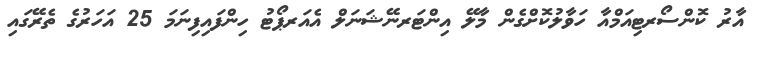
އާރު ކޮންސޯރޓިއަމްއާ ހަވާލުކޮށްގެން މާލޭ އިންޓަރނޭޝަނަލް އެއަރޕޯޓު ހިންފައިފިނަމަ 25 އަހަރުގެ ތެރޭގައި